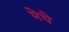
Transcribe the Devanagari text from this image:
मेथे